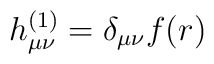
h_{\mu\nu}^{(1)}=\delta_{\mu\nu}f(r)